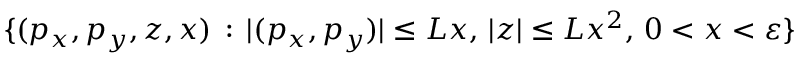
\{ ( p _ { x } , p _ { y } , z , x ) \, : \, | ( p _ { x } , p _ { y } ) | \leq L x , \, | z | \leq L x ^ { 2 } , \, 0 < x < \varepsilon \}